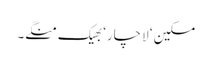
مسکین ‘ لاچار‘ بھیک منگے۔